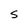
Character: S